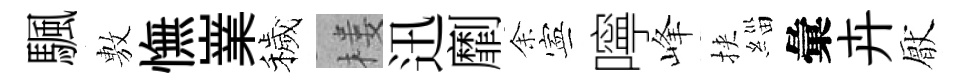
颿𢾾憮嶪穢楼迅劘𪜬寕嚀峰挾緇彙卉厭